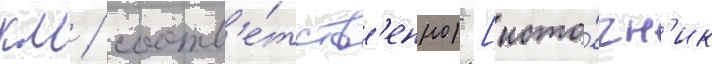
км / соотв'е́тств'енно) [исто́чн'ик